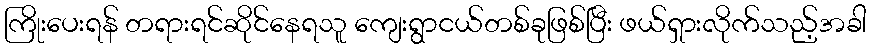
ကြိုးပေးရန် တရားရင်ဆိုင်နေရသူ ကျေးရွာငယ်တစ်ခုဖြစ်ပြီး ဖယ်ရှားလိုက်သည့်အခါ